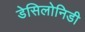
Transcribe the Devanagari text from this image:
डेसिलोनिडी